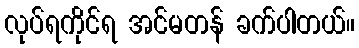
လုပ်ရကိုင်ရ အင်မတန် ခက်ပါတယ်။